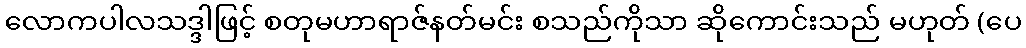
လောကပါလသဒ္ဒါဖြင့် စတုမဟာရာဇ်နတ်မင်း စသည်ကိုသာ ဆိုကောင်းသည် မဟုတ် (ပေ